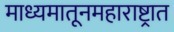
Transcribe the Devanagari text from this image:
माध्यमातूनमहाराष्ट्रात